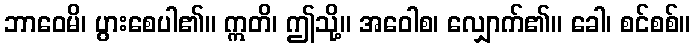
ဘာဝေမိ၊ ပွားစေပါ၏။ ဣတိ၊ ဤသို့။ အဝေါစ၊ လျှောက်၏။ ခေါ၊ စင်စစ်။